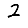
Digit: 2